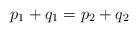
LaTeX: \begin{align*}p_1 + q_1 = p_2 + q_2\end{align*}